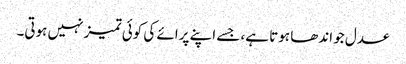
عدل جو اندھا ہوتا ہے، جسے اپنے پرائے کی کوئی تمیز نہیں ہوتی۔